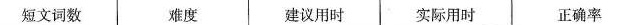
短文词数 难度 建议用时 实际用时 正确率